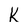
Character: k